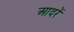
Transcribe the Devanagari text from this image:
आदरें